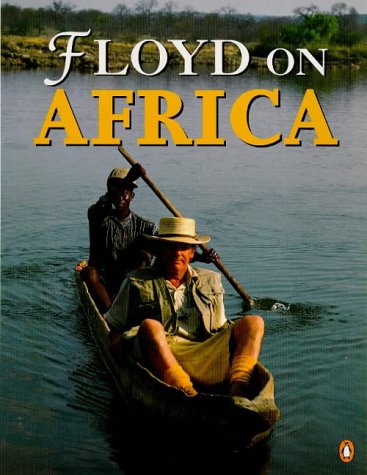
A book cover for Floyd on Africa; Keith Floyd; Travel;